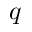
\boldsymbol q